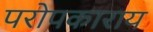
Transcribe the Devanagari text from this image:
परोपकाराय